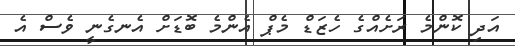
އަދި ކޮންމެ ރަށެއްގެ ހެޒަޑް މެޕް އެންމެ ބޮޑަށް އެނގެނީ ވެސް އެ